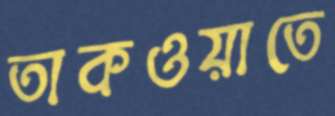
তাকওয়াতে